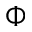
\Phi